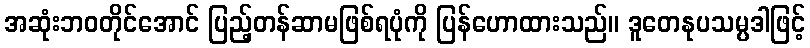
အဆုံးဘဝတိုင်အောင် ပြည့်တန်ဆာမဖြစ်ရပုံကို ပြန်ဟောထားသည်။ ဒူတေနုပသမ္ပဒါဖြင့်